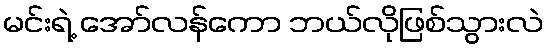
မင်းရဲ့ အော်လန်ကော ဘယ်လိုဖြစ်သွားလဲ